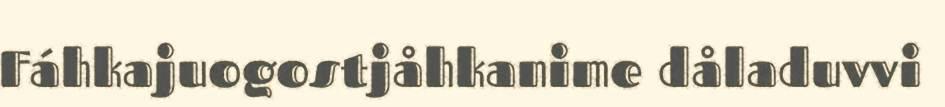
Fáhkajuogostjåhkanime dåladuvvi